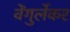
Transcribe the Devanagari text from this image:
वेंगुर्लेकर